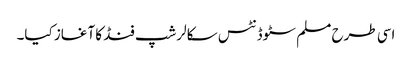
اسی طرح مسلم سٹوڈنٹس سکالرشپ فنڈ کا آغاز کیا۔